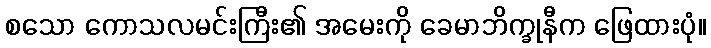
စသော ကောသလမင်းကြီး၏ အမေးကို ခေမာဘိက္ခုနီက ဖြေထားပုံ။